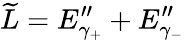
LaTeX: \widetilde{L}=E_{\gamma_{+}}^{\prime\prime}+E_{\gamma_{-}}^{\prime\prime}